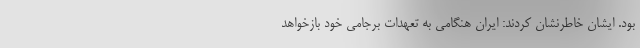
بود. ایشان خاطرنشان کردند: ایران هنگامی به تعهدات برجامی خود بازخواهد